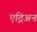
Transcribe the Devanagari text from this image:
एद्रिअन